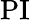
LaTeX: \mathrm{PI}